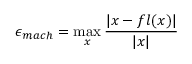
\epsilon _ { m a c h } = \operatorname* { m a x } _ { x } { \frac { | x - f l ( x ) | } { | x | } }